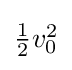
{\textstyle {\tfrac {1}{2}}v_{0}^{2}}